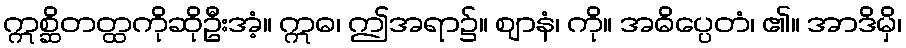
ဣစ္ဆိတတ္ထကိုဆိုဦးအံ့။ ဣဓ၊ ဤအရာ၌။ ဈာနံ၊ ကို။ အဓိပ္ပေတံ၊ ၏။ အာဒိမှိ၊